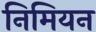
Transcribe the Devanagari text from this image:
निमियन